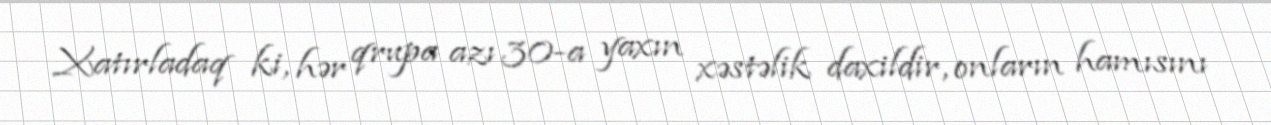
Xatırladaq ki, hər qrupa azı 30-a yaxın xəstəlik daxildir, onların hamısını